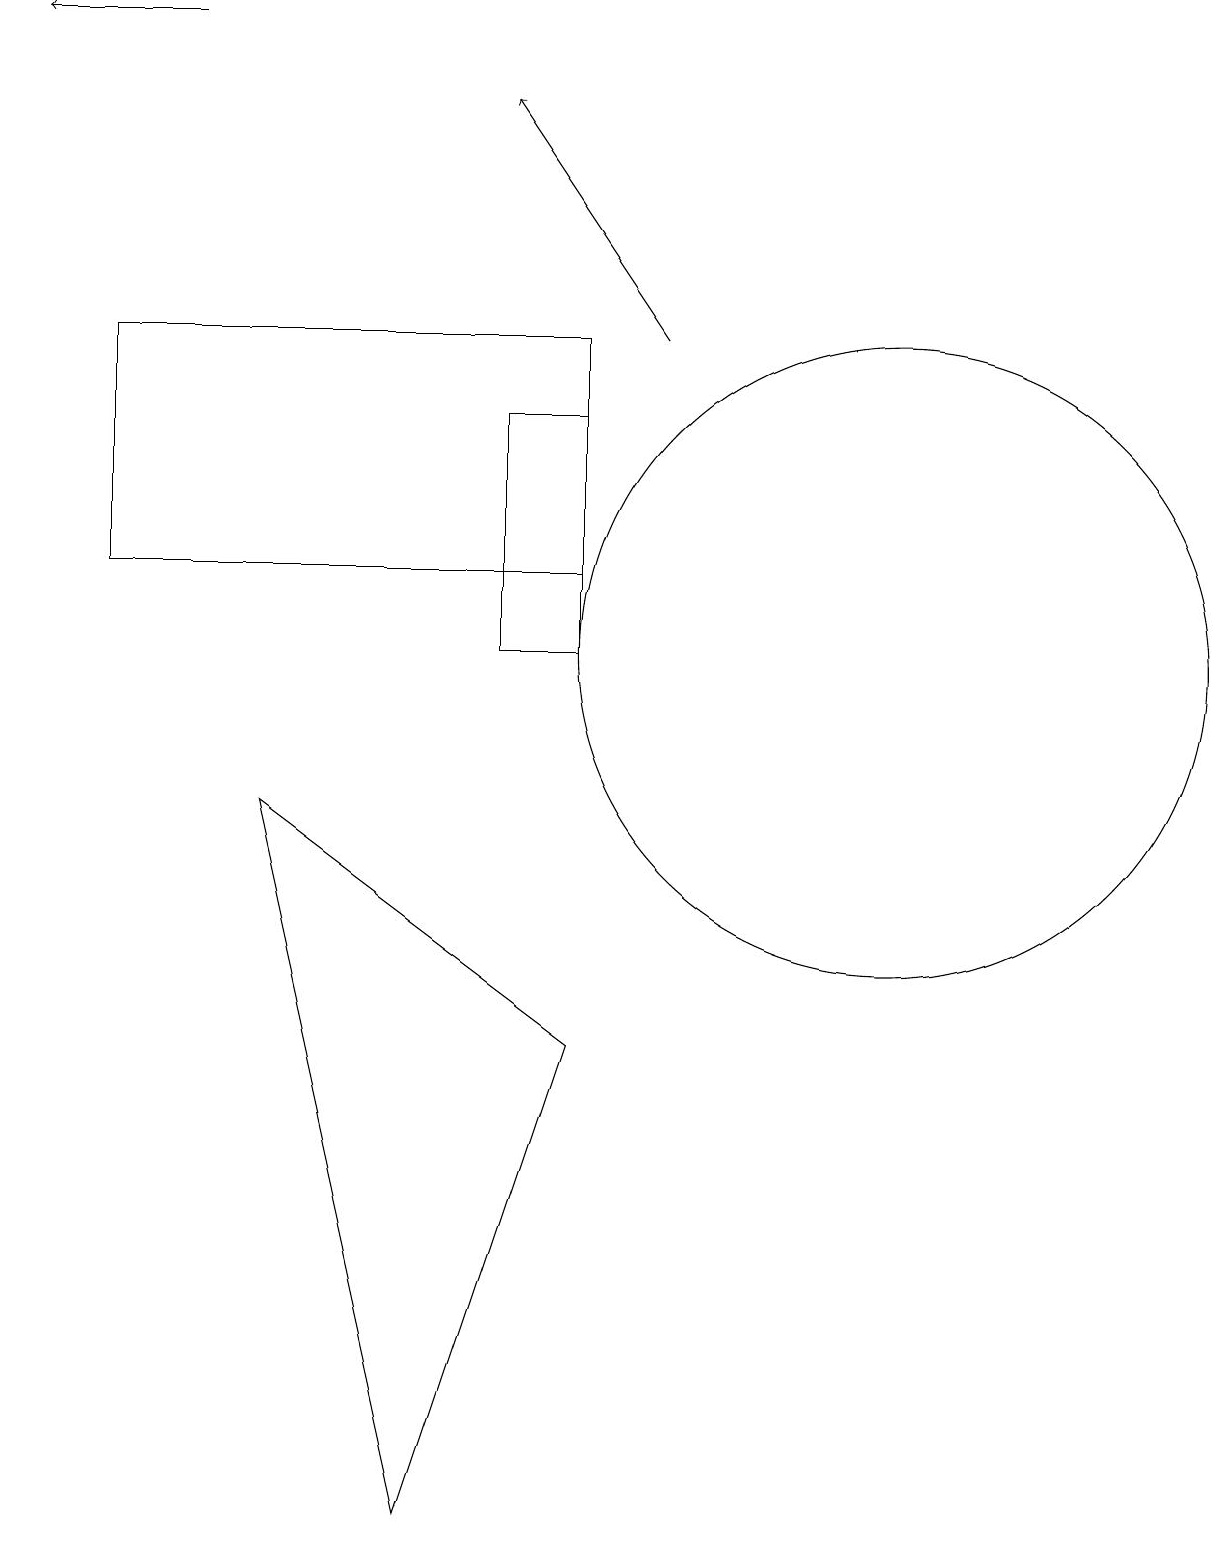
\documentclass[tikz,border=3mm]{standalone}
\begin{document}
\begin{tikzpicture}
\draw[->] (2,19) -- (0,19);
\draw (11,11) circle (4);
\draw (1,15) rectangle (7,12);
\draw (7,14) rectangle (6,11);
\draw (3,9) -- (7,6) -- (5,0) -- cycle;
\draw (1,12) rectangle (1,14);
\draw[->] (8,15) -- (6,18);
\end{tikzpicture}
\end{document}